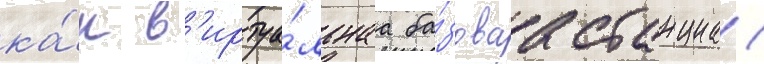
ка́к в'иртуа́льнаа ба́зоваа станциа(